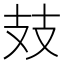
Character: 𢺸